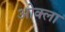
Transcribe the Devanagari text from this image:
ओक्ला